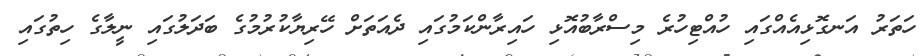
ހަތަރު އަނގޮޅިއެއްގައި ހުއްޓިހުރެ މިސްރާބުއޮޅި ހައިރާންކަމުގައި ދެއަތަށް ހޭރިޔާކުރުމުގެ ބަދަލުގައި ނީލާގެ ހިތުގައި